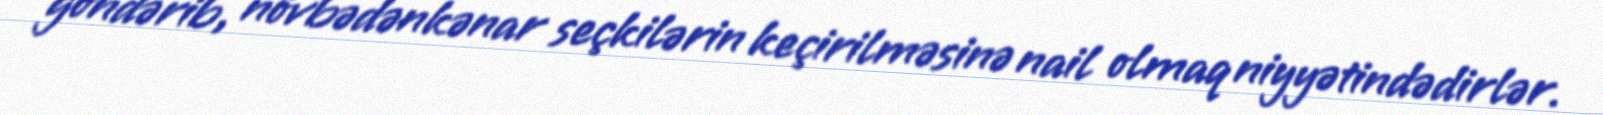
göndərib, növbədənkənar seçkilərin keçirilməsinə nail olmaq niyyətindədirlər.